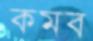
কমব